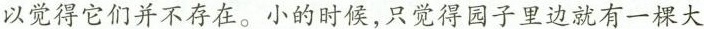
以觉得它们并不存在。小的时候，只觉得园子里边就有一棵大